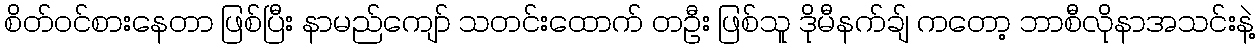
စိတ်ဝင်စားနေတာ ဖြစ်ပြီး နာမည်ကျော် သတင်းထောက် တဦး ဖြစ်သူ ဒိုမီနက်ချ် ကတော့ ဘာစီလိုနာအသင်းနဲ့